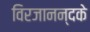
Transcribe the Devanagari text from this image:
विरजानन्दके